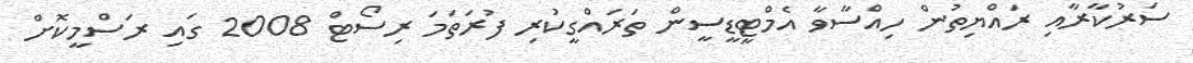
ސަރުކާރާއި ރައްޔިތުން ހިއްސާވާ އެމްޓީޑީސީން ތަރައްގީކުރި ފުރަތަމަ ރިސޯޓް 2008 ގައި ރަސްމީކޮށް